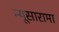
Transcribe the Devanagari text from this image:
न्यूसारामा